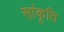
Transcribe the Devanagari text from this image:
सांकृति